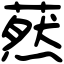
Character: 䔳